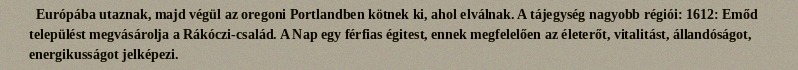
Európába utaznak, majd végül az oregoni Portlandben kötnek ki, ahol elválnak. A tájegység nagyobb régiói: 1612: Emőd települést megvásárolja a Rákóczi-család. A Nap egy férfias égitest, ennek megfelelően az életerőt, vitalitást, állandóságot, energikusságot jelképezi.